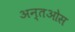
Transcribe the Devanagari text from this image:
अन्तओस